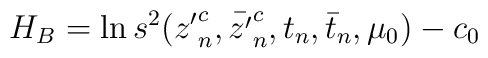
H_B = \ln s^2({z'}^c_n,\bar{z'}^c_n, t_n,\bar t_n,\mu_0) - c_0